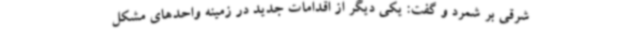
شرقی بر شمرد و گفت: یکی دیگر از اقدامات جدید در زمینه واحدهای مشکل